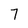
Character: 7